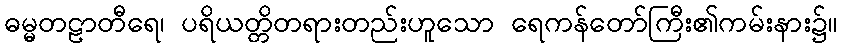
ဓမ္မတဠာတီရေ၊ ပရိယတ္တိတရားတည်းဟူသော ရေကန်တော်ကြီး၏ကမ်းနား၌။